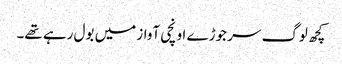
کچھ لوگ سر جوڑے اونچی آواز میں بول رہے تھے۔